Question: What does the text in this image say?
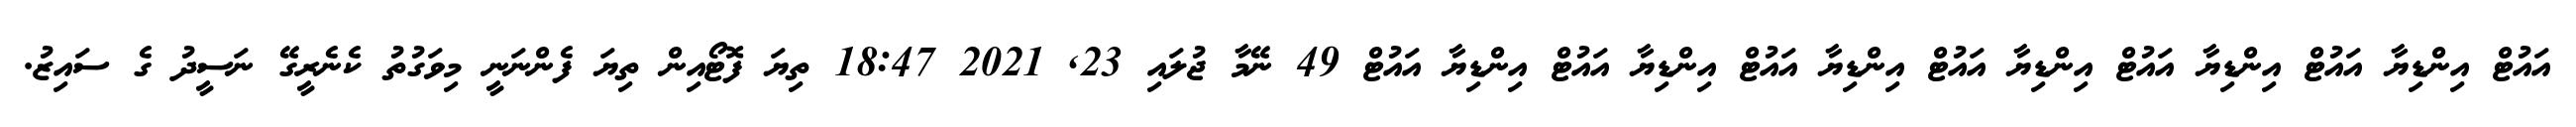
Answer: އައުޓް އިންޑިޔާ އައުޓް އިންޑިޔާ އައުޓް އިންޑިޔާ އައުޓް އިންޑިޔާ އައުޓް އިންޑިޔާ އައުޓް އިންޑިޔާ އައުޓް 49 ނޭމާ ޖުލައި 23, 2021 18:47 ތިޔަ ފޮޓޯއިން ތިޔަ ފެންނަނީ މިވަގުތު ކެނެރީގޭ ނަސީދު ގެ ސައިޒު.